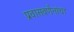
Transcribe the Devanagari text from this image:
प्रवासवर्णनांचा